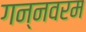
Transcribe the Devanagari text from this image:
गन्‍नवरम